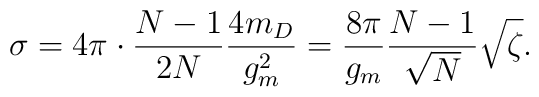
\sigma=4\pi\cdot\frac{N-1}{2N}\frac{4m_D}{g_m^2}=\frac{8\pi}{g_m}\frac{N-1}{\sqrt{N}}\sqrt{\zeta}.